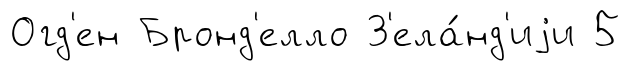
Огд'ен Бронд'елло З'ела́нд'иjи 5